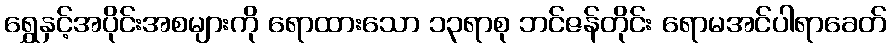
ရွှေနှင့်အပိုင်းအစများကို ရောထားသော ၁၃ရာစု ဘင်ဇန်တိုင်း ရောမအင်ပါရာခေတ်